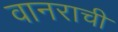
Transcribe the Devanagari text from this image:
वानराची